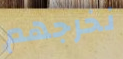
نخرجهم